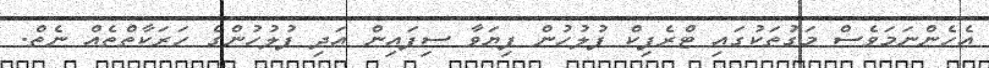
އެހެންނަމަވެސް މަގުތަކުގައި ޓްރެފިކް ފުލުހުން ފިޔަވާ ސިފައިން އަދި ފުލުހުންގެ ހަރަކާތްތެއް ނެތް.